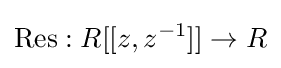
\operatorname {Res} :R[[z,z^{-1}]]\rightarrow R